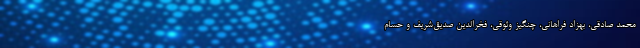
محمد صادقی، بهزاد فراهانی، چنگیز وثوقی، فخرالدین صدیق‌شریف و حسام